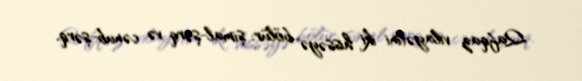
Qafqaz vilayətini iki hissəyə bölür: şimal-şərq və cənub-şərq.